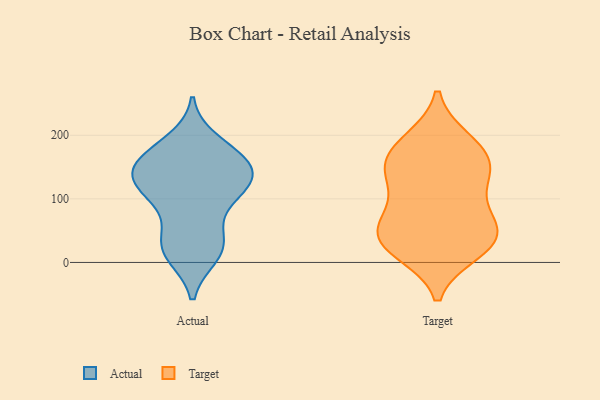
{"axis": {"x": "Inventory Turnover", "y": "Value"}, "legend": ["Actual", "Target"], "data": [{"x": "", "y": 175, "type": "Actual"}, {"x": "", "y": 25, "type": "Actual"}, {"x": "", "y": 105, "type": "Actual"}, {"x": "", "y": 162, "type": "Actual"}, {"x": "", "y": 137, "type": "Actual"}, {"x": "", "y": 140, "type": "Actual"}, {"x": "", "y": 167, "type": "Actual"}, {"x": "", "y": 113, "type": "Actual"}, {"x": "", "y": 190, "type": "Actual"}, {"x": "", "y": 136, "type": "Actual"}, {"x": "", "y": 12, "type": "Actual"}, {"x": "", "y": 113, "type": "Actual"}, {"x": "", "y": 39, "type": "Actual"}, {"x": "", "y": 34, "type": "Actual"}, {"x": "", "y": 137, "type": "Actual"}, {"x": "", "y": 92, "type": "Actual"}, {"x": "", "y": 13, "type": "Actual"}, {"x": "", "y": 152, "type": "Actual"}, {"x": "", "y": 117, "type": "Target"}, {"x": "", "y": 158, "type": "Target"}, {"x": "", "y": 23, "type": "Target"}, {"x": "", "y": 172, "type": "Target"}, {"x": "", "y": 140, "type": "Target"}, {"x": "", "y": 82, "type": "Target"}, {"x": "", "y": 78, "type": "Target"}, {"x": "", "y": 53, "type": "Target"}, {"x": "", "y": 42, "type": "Target"}, {"x": "", "y": 192, "type": "Target"}, {"x": "", "y": 149, "type": "Target"}, {"x": "", "y": 47, "type": "Target"}, {"x": "", "y": 45, "type": "Target"}, {"x": "", "y": 16, "type": "Target"}, {"x": "", "y": 193, "type": "Target"}, {"x": "", "y": 143, "type": "Target"}, {"x": "", "y": 19, "type": "Target"}]}